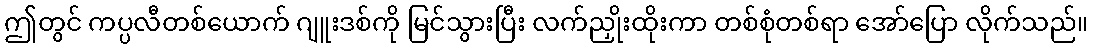
ဤတွင် ကပ္ပလီတစ်ယောက် ဂျူးဒစ်ကို မြင်သွားပြီး လက်ညှိုးထိုးကာ တစ်စုံတစ်ရာ အော်ပြော လိုက်သည်။